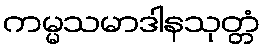
ကမ္မသမာဒါနသုတ္တံ